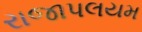
રાજાપલયમ